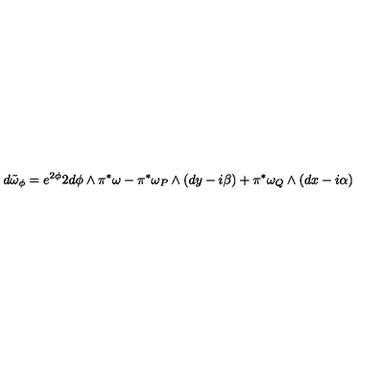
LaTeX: d \tilde { \omega } _ { \phi } = e ^ { 2 \phi } 2 d \phi \wedge \pi ^ { \ast } \omega - \pi ^ { \ast } \omega _ { P } \wedge ( d y - i \beta ) + \pi ^ { \ast } \omega _ { Q } \wedge ( d x - i \alpha )